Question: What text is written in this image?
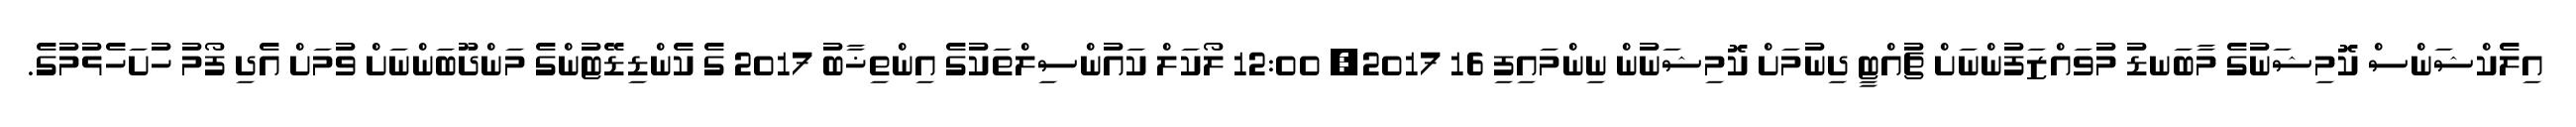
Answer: އިލެކްޝަންސް ކޮމިޝަނުގެ މާބަނޑު މުވައްޒަފުންނަށް ޗުއްޓީ ދިނުމަށް ކޮމިޝަނުން ނިންމައިފި 16 2017, 12:00 ލޯކަލް ކައުންސިލްތަކުގެ އިންތިޚާބު 2017 ގެ ކެންޑިޑޭޓުންގެ މަންދޫބަންނަށް ވުމަށް އެދި ފޯމު ހުށަހެޅުމުގެ.